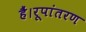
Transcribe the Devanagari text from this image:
हैं।रूपांतरण